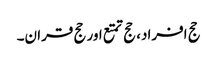
حج افراد، حج تمتع اور حج قران۔